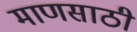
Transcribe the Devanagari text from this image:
माणसाठी